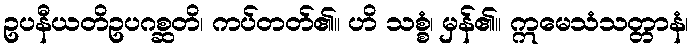
ဥပနီယတိဥပဂစ္ဆတိ၊ ကပ်တတ်၏။ ဟိ သစ္စံ၊ မှန်၏။ ဣမေသံသတ္တာနံ၊